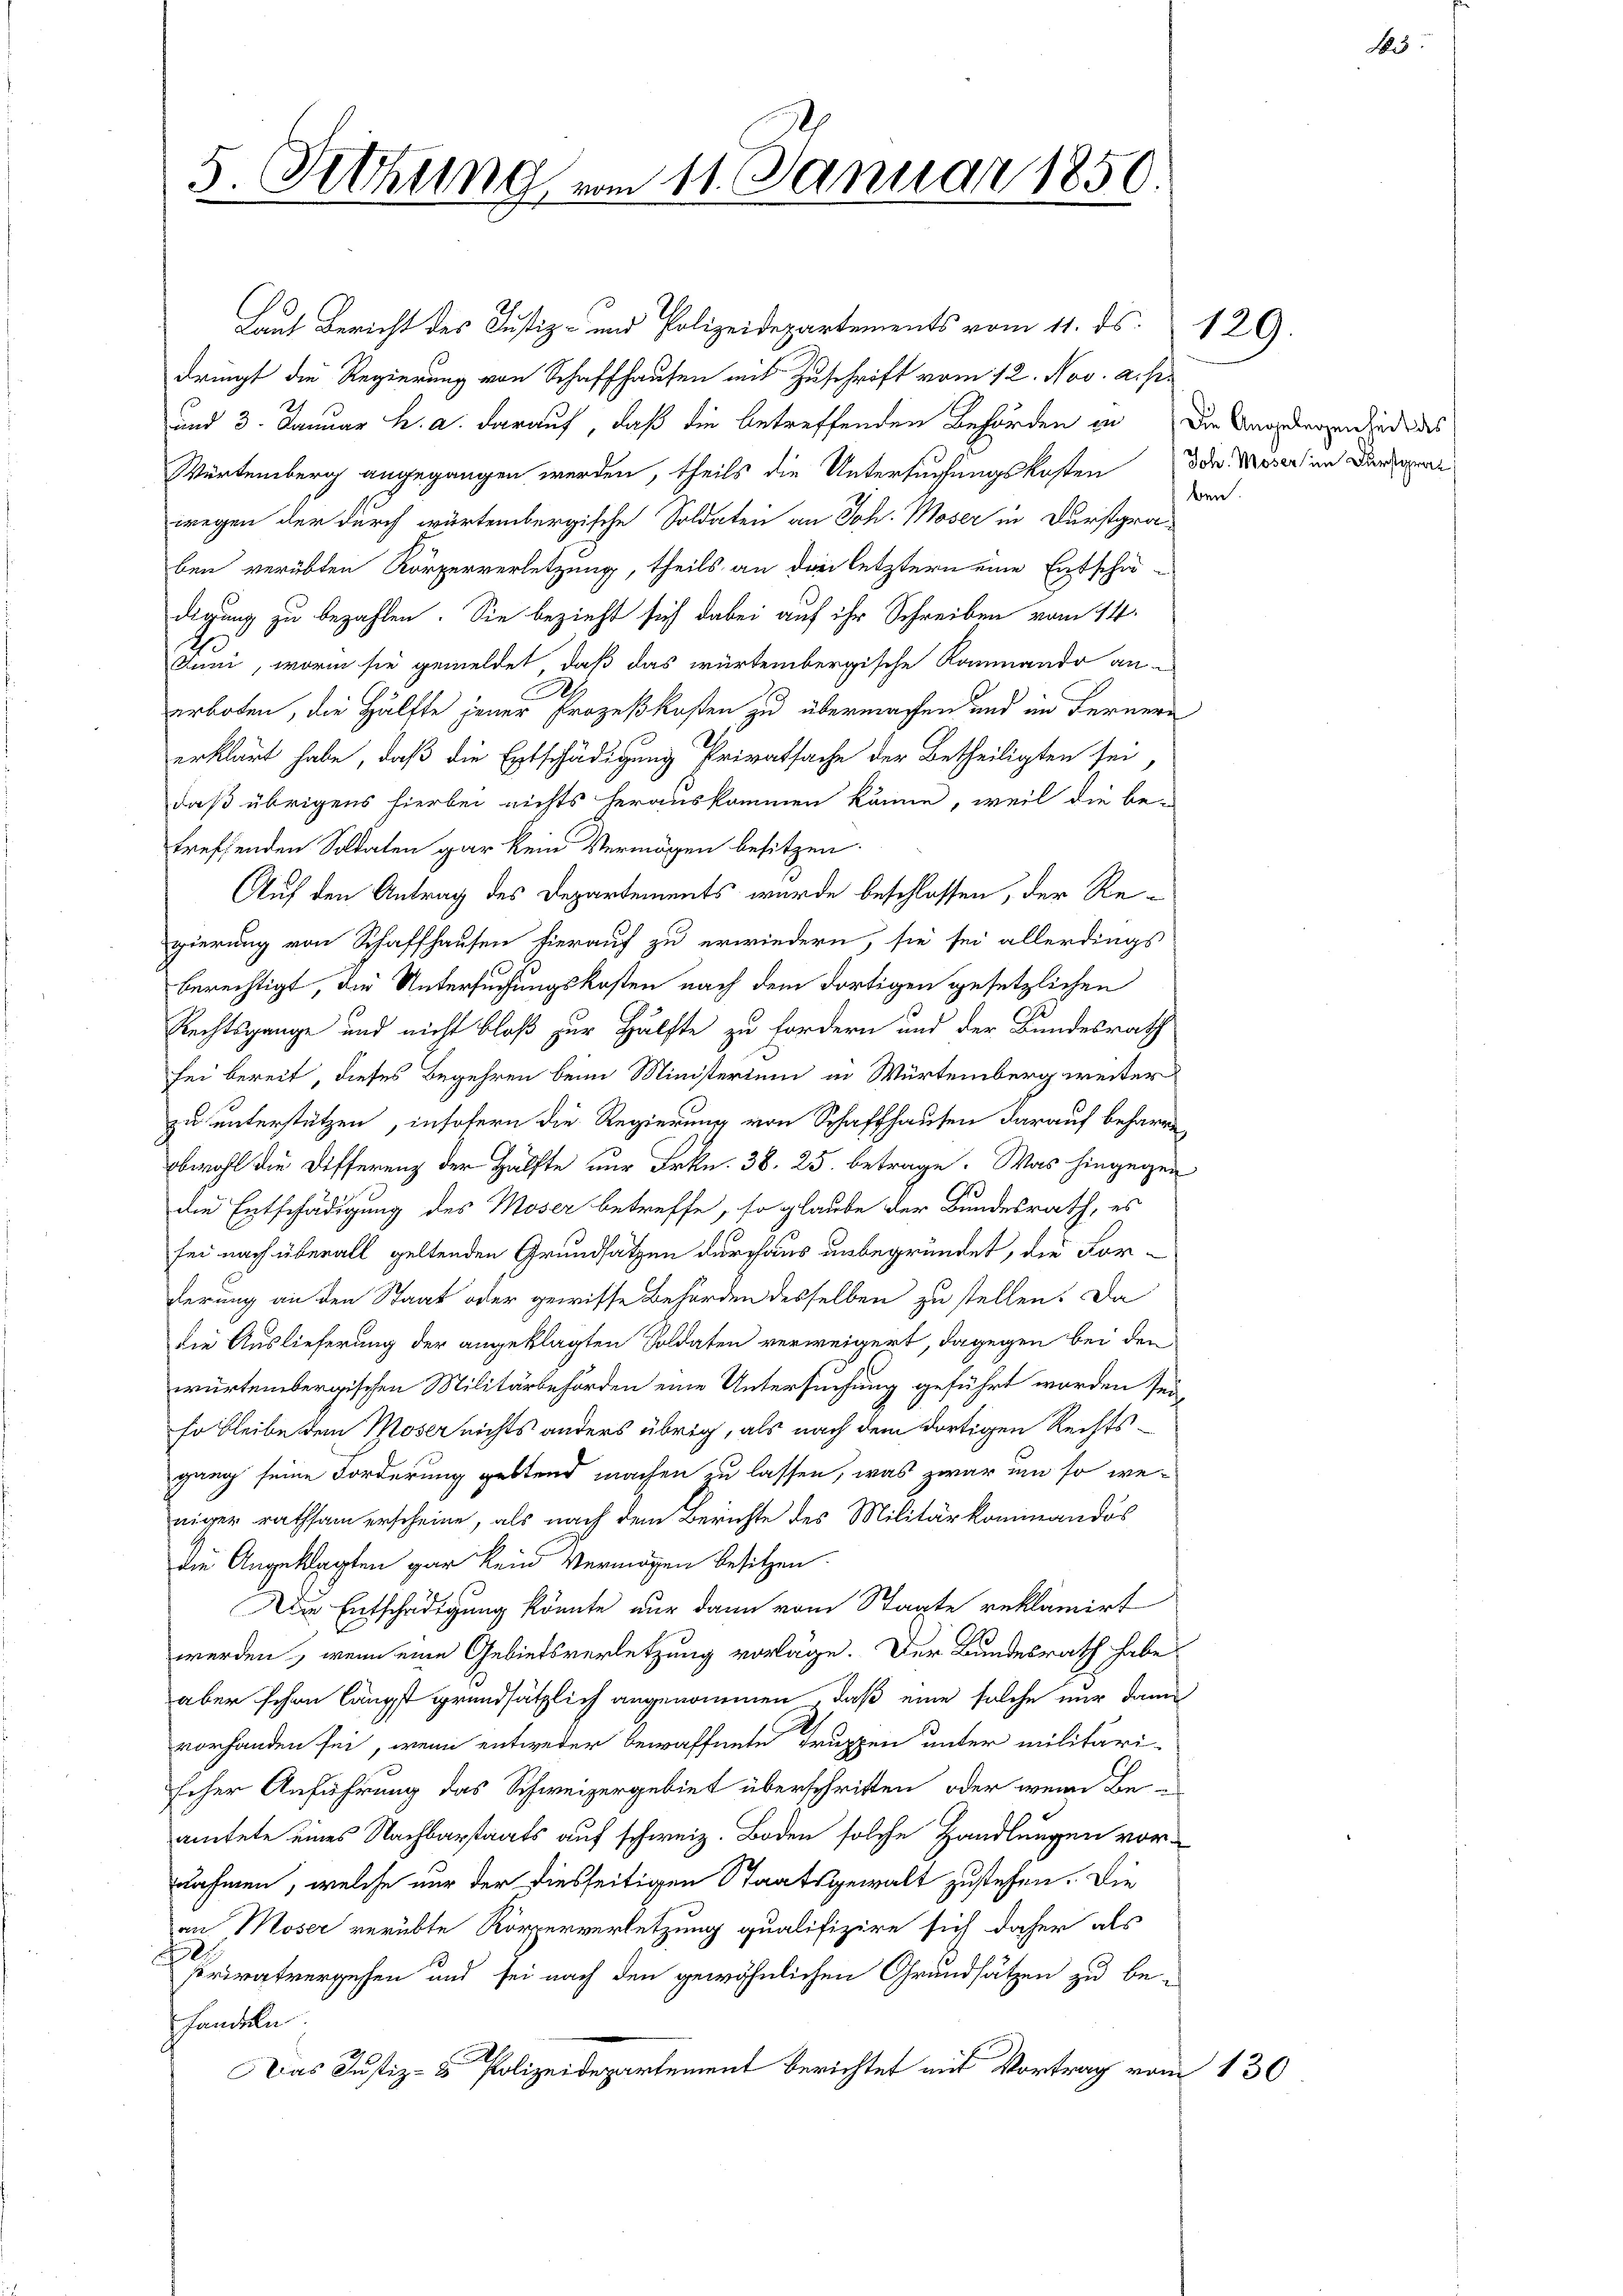
5. Setzung vom 11. Januar 1850.

Laut Bericht des Justiz- und Polizeidepartements vom 11. ds. 129.
dringt die Regierung von Schaffhausen mit Zuschrift vom 12. Nov. a. p.
und 3. Januar h. a. darauf, daß die betreffenden Behörden in die Angedenen und das
Würtemberg angegangen werden, theils die Untersuchungskosten Ida Moser im Dunkel
wegen der durch würtembergische Soldaten an Joh. Moser in Durstgra
ben verübten Körperverletzung, theils an den letztern eine Entschä-
digung zu bezahlen. Sie bezieht sich dabei auf ihr Schreiben vom 14.
Juni, worin sie gemeldet, daß das würtembergische Kommando an-
erboten, die Hälfte jener Prozeßkosten zu übermachen und im Fernern
erklärt habe, daß die Entschädigung Privatsache der Betheiligten sei
daß übrigens hierbei nichts herauskommen könne, weil die be-
treffenden Soldaten gar kein Vermögen besitzen.
Auf den Antrag des Departements wurde beschlossen, der Regierung von Schaffhausen hierauf zu erwiedern, sie sei allerdings
berechtigt, die Untersuchungskosten nach dem dortigen gesetzlichen
Rechtsgange und nicht bloß zur Hälfte zu fordern und der Bundesrath
fei bereit, dieses Begehren beim Ministerium in Würtemberg weiter
zu unterstützen, insofern die Regierung von Schaffhausen darauf beharre
obwohl die Differenz der Hälfte nur Frkn. 38. 25. betrage. Was hingegen
die Entschädigung des Moser betreffe, so glaube der Bundesrath, es
sei nach überall geltenden Grundsatzen durchaus unbegründet, die Forderung an den Staat oder gewisse Behörden desselben zu stellen. Da
die Auslieferung der angeklagten Soldaten verweigert, dagegen bei den
würtembergischen Militärbehörden eine Untersuchung geführt worden seiso bleibe den Moser nichts anders übrig, als nach dem dortigen Rechtsgang seine Forderung geltend machen zu lassen, was zwar um so weniger rathsam erscheine, als nach dem Berichte des Militärkommandos
die Angeklagten gar kein Vermögen besitzen.
Die Entschädigung könnte nur dann vom Staate reklamirt
werden, wenn eine Gebietsverletzung vorläge. Der Bundesrath habe
aber schon längst grundsätzlich angenommen, daß eine solche nur dann
vorhanden sei, wenn entweder bewaffnete Truppen unter militäri-
scher Anführung das Schweizergebiet überschritten, oder wenn Be-
amtete eines Nachbarstaats auf schweiz. Boden solche Handlungen vor-
nähmen, welche nur der diesseitigen Staatsgewalt zustehen. Die
a Moser verübte Körperverletzung qualifizire sich daher als
rivatvergehen und sei nach den gewöhnlichen Grundsätzen zu be-
handeln
Das Justiz- & Polizeidepartement berichtet mit Vortrag vom 130

den.